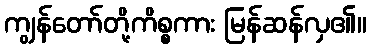
ကျွန်တော်တို့ကိစ္စကား မြန်ဆန်လှ၏။